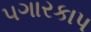
પગારકાપ